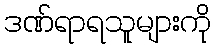
ဒဏ်ရာရသူများကို